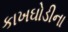
કાખઘોડીના